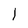
Character: l